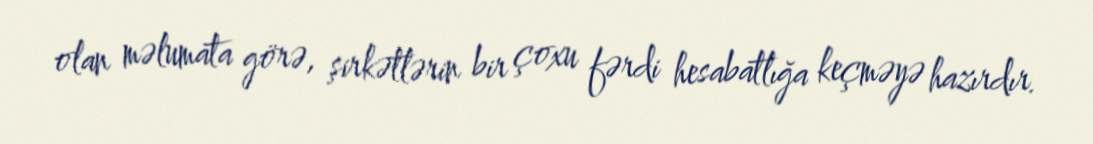
olan məlumata görə, şirkətlərin bir çoxu fərdi hesabatlığa keçməyə hazırdır.